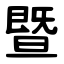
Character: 暨